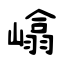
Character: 嶖